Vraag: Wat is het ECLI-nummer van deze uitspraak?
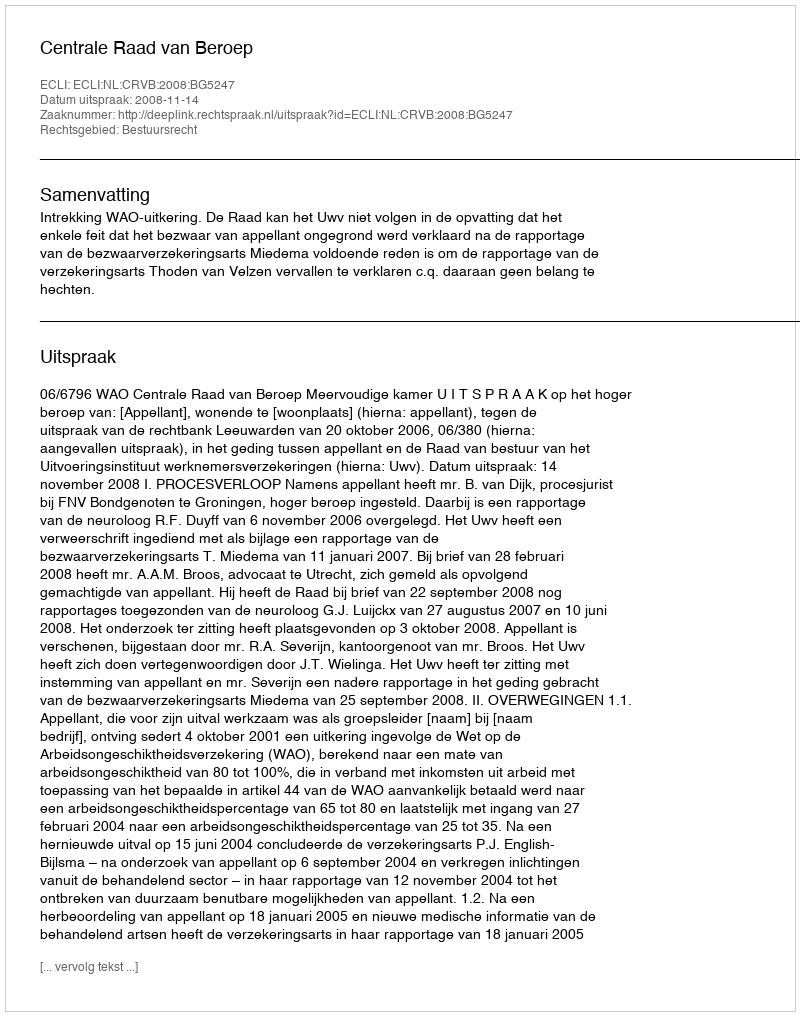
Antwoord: ECLI:NL:CRVB:2008:BG5247